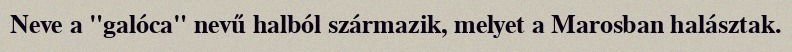
Neve a "galóca" nevű halból származik, melyet a Marosban halásztak.